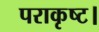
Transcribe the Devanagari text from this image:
पराकृष्ट।